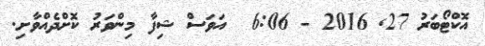
އޮކްޓޯބަރު 27